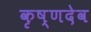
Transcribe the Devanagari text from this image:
कृष्‍णदेव